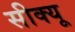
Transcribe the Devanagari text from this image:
सीक्यू